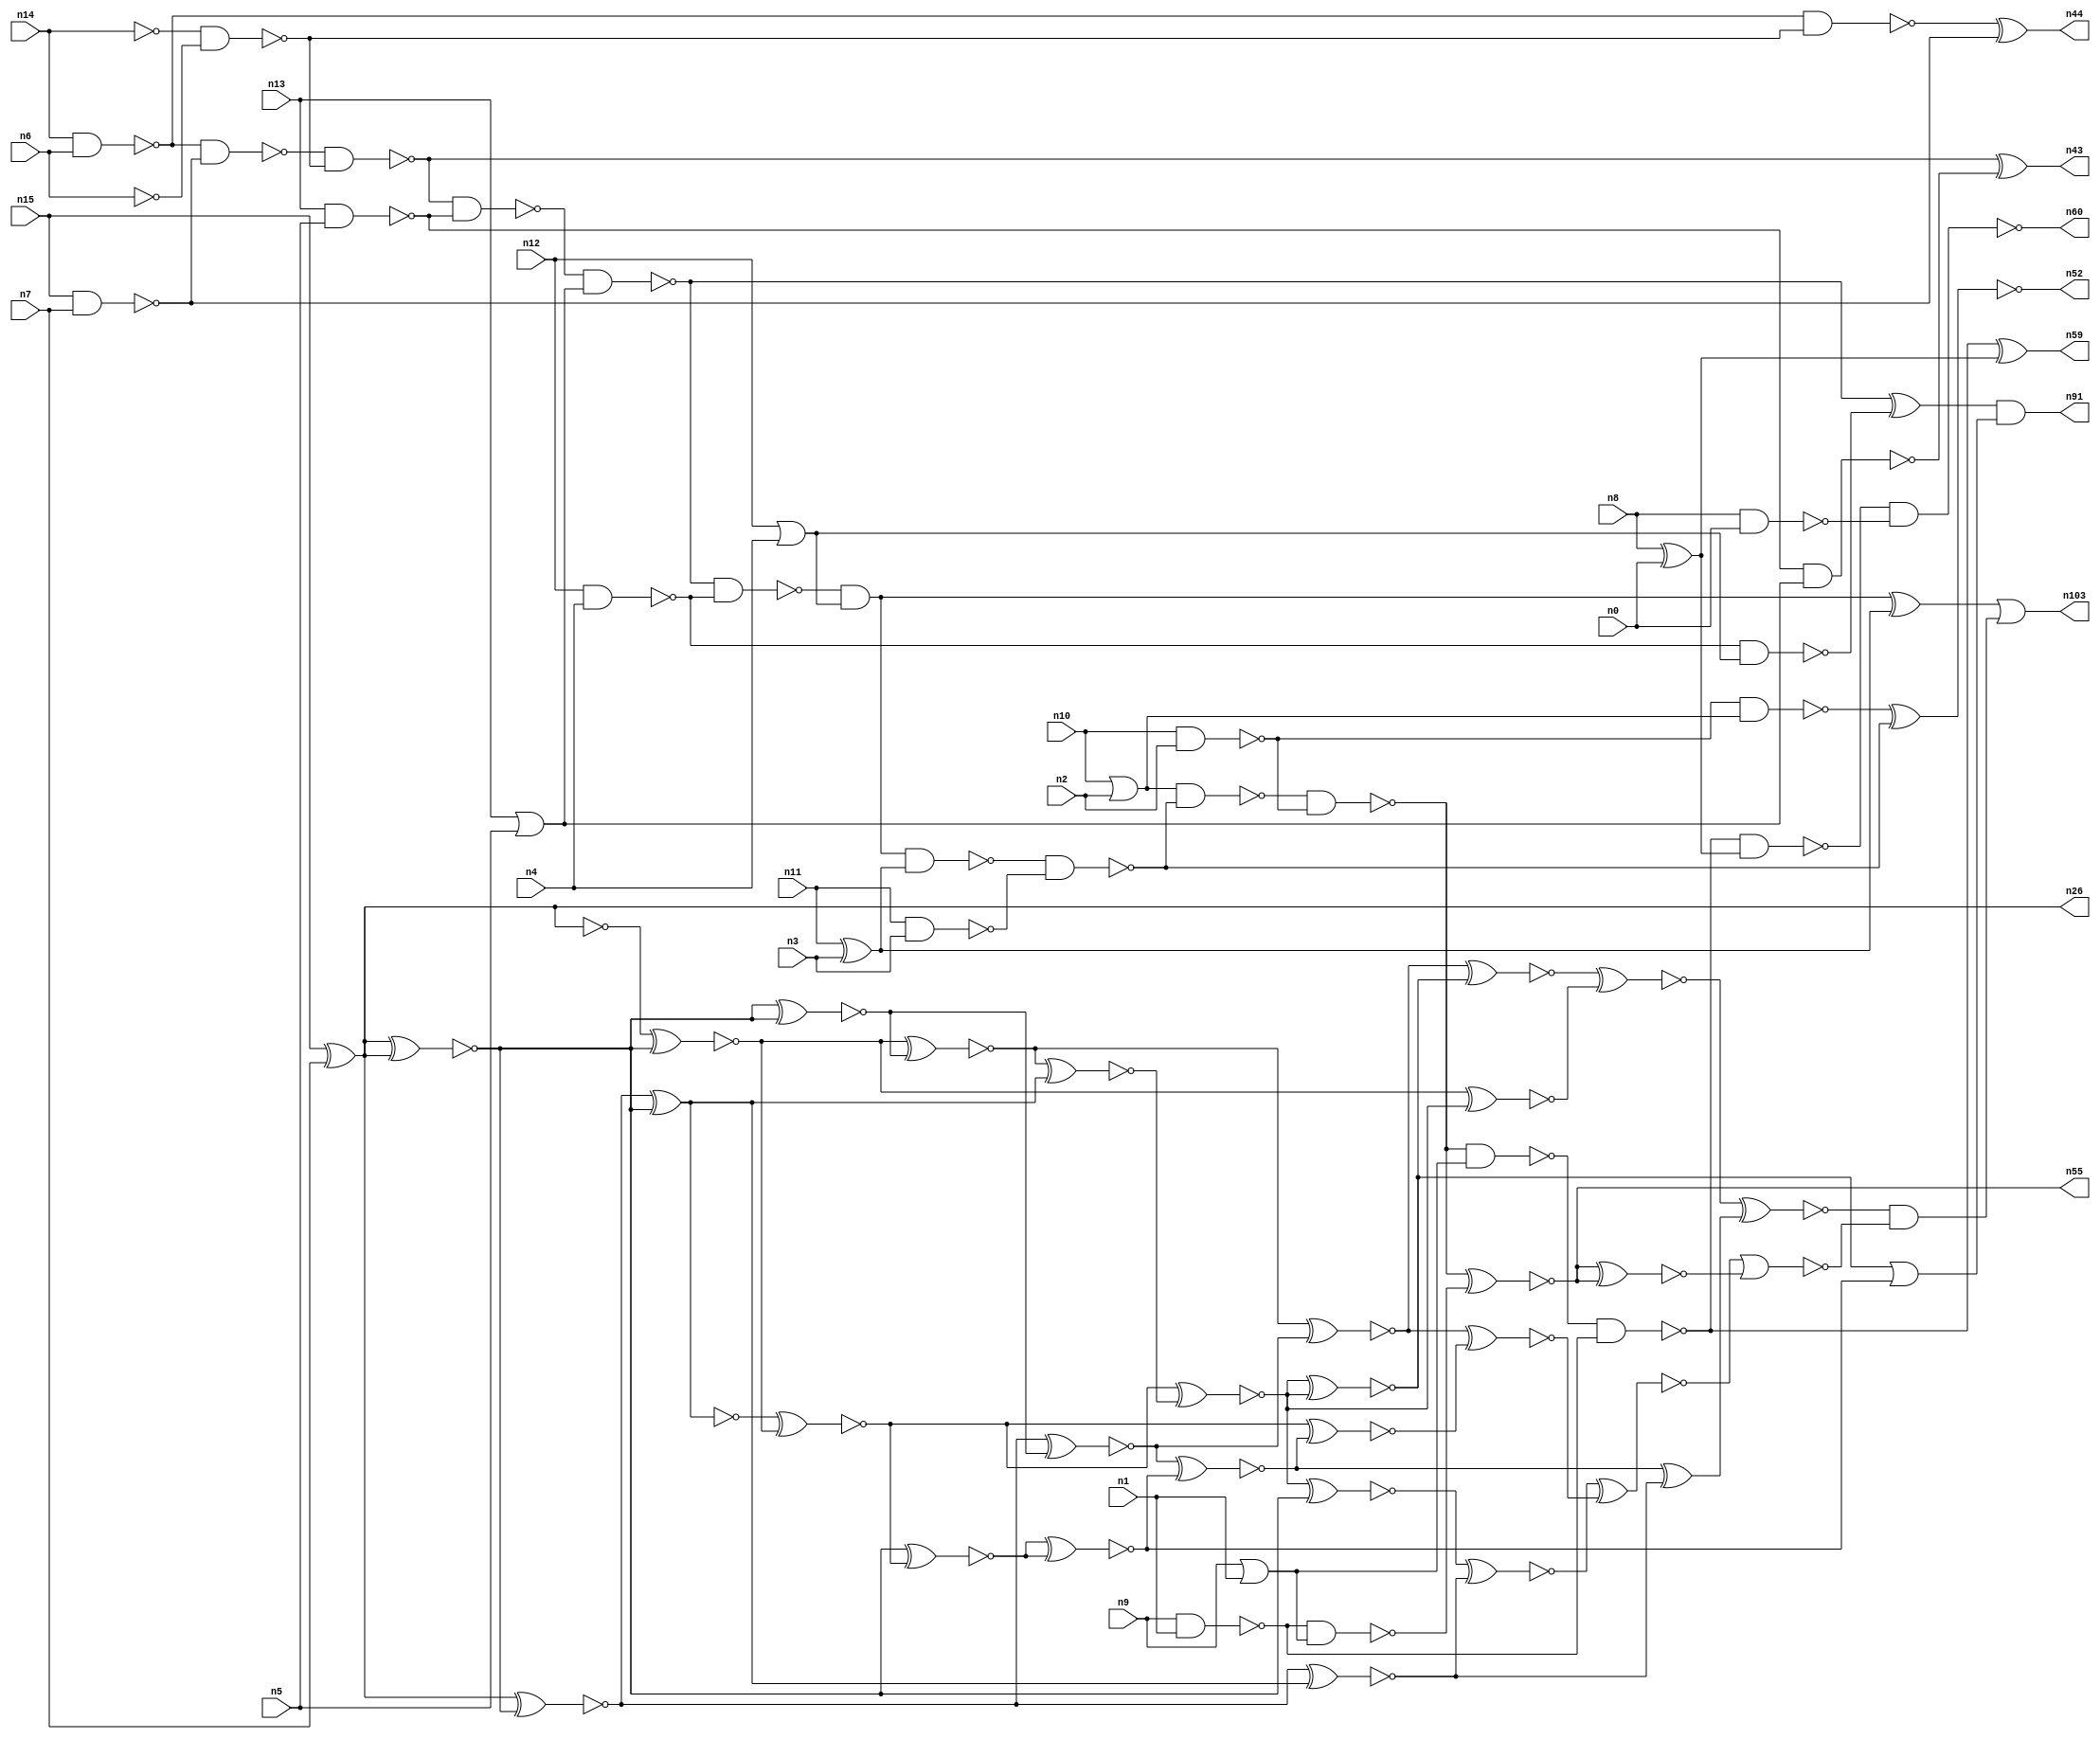
// This program was cloned from: https://github.com/umar-afzaal/ReCkt
// License: MIT License

// This file contains a pareto-optimal circuit with respect to power and the fault-resilince parameter p_fault which is defined as:
// "For all input vectors, the ratio of the no. of faults observable at the POs to the no. of total possible faults in the circuit".
// This code is part of the ReCkt library (https://github.com/umar-afzaal/ReCkt) distributed under The MIT License.
// When used, please cite the following article(s):
// U. Afzaal, A.S. Hassan, M. Usman and J.A. Lee, "On the Evolutionary Synthesis of Increased Fault-resilience Arithmetic Circuits".

// p_fault = 49.5 %    (Lower is better)
// gates = 87.0
// levels = 16
// area = 121.08    (For MCNC library relative to nand2)
// power = 709.7 uW    (Berkely-SIS for MCNC library @ Vdd=5V and 20 MHz clock)
// delay = 28.6 ns    (Berkely-ABC for MCNC library)
// PDP = 2.02974e-11 J

// Pin mapping:
// {n0, n1, n2, n3, n4, n5, n6, n7} = A[7:0]
// {n8, n9, n10, n11, n12, n13, n14, n15} = B[7:0]
// {n60, n59, n55, n52, n103, n91, n43, n44, n26} = O[8:0]

module addr8u_power_55 (
n0, n1, n2, n3, n4, n5, n6, n7, n8, n9, n10, n11, n12, n13, n14, n15, 
n60, n59, n55, n52, n103, n91, n43, n44, n26
);

input n0, n1, n2, n3, n4, n5, n6, n7, n8, n9, n10, n11, n12, n13, n14, n15;
output n60, n59, n55, n52, n103, n91, n43, n44, n26;
wire n96, n30, n69, n102, n68, n61, n79, n95, n46, n18, n93, n45, n90, n56, n37, n80, n101, n53, n62, n40, 
n94, n25, n85, n67, n81, n22, n38, n97, n57, n39, n70, n19, n34, n76, n50, n29, n72, n35, n24, n63, 
n75, n49, n89, n74, n17, n65, n42, n87, n51, n82, n92, n78, n36, n47, n98, n20, n23, n83, n16, n66, 
n48, n21, n41, n54, n27, n33, n28, n58, n86, n88, n71, n73, n31, n84, n32, n77, n64, n99;

nand (n16, n13, n5);
not (n17, n14);
or (n18, n12, n4);
nand (n19, n10, n2);
nand (n20, n15, n7);
or (n21, n10, n2);
not (n22, n6);
xor (n23, n8, n0);
or (n24, n13, n5);
nand (n25, n14, n6);
xor (n26, n15, n7);
nand (n27, n12, n4);
xor (n28, n11, n3);
nor (n29, n9, n1);
nand (n30, n8, n0);
nand (n31, n9, n1);
nand (n32, n11, n3);
nand (n33, n27, n18);
not (n34, n29);
nand (n35, n16, n24);
nand (n36, n25, n20);
nand (n37, n17, n22);
nand (n38, n19, n21);
nand (n39, n36, n37);
nand (n40, n25, n37);
nand (n41, n31, n34);
nand (n42, n39, n16);
xor (n43, n39, n35);
xor (n44, n40, n20);
nand (n45, n42, n24);
nand (n46, n45, n27);
xor (n47, n45, n33);
and (n48, n46, n18);
nand (n49, n48, n28);
xor (n50, n48, n28);
nand (n51, n49, n32);
xnor (n52, n38, n51);
nand (n53, n21, n51);
nand (n54, n53, n19);
xnor (n55, n54, n41);
nand (n56, n54, n34);
nand (n57, n56, n31);
nand (n58, n57, n23);
xor (n59, n57, n23);
nand (n60, n58, n30);
xnor (n61, n26, n26);
xnor (n62, n26, n26);
xnor (n63, n26, n26);
not (n64, n26);
xnor (n65, n26, n26);
xnor (n66, n64, n61);
xnor (n67, n26, n61);
xnor (n68, n26, n63);
xnor (n69, n63, n61);
xnor (n70, n64, n62);
xnor (n71, n66, n69);
xnor (n72, n68, n65);
xnor (n73, n68, n61);
xnor (n74, n72, n70);
xnor (n75, n67, n69);
nand (n76, n72, n73);
xnor (n77, n67, n76);
xnor (n78, n62, n74);
xnor (n79, n71, n76);
xnor (n80, n70, n73);
xnor (n81, n74, n79);
xnor (n82, n78, n78);
xnor (n83, n80, n79);
xnor (n84, n81, n81);
xnor (n85, n75, n82);
xnor (n86, n71, n75);
xnor (n87, n83, n65);
xnor (n88, n87, n77);
or (n89, n84, n82);
xor (n90, n85, n77);
and (n91, n47, n89);
xnor (n92, n80, n85);
xnor (n93, n66, n83);
xnor (n94, n86, n84);
xnor (n95, n86, n92);
xnor (n96, n88, n95);
xnor (n97, n94, n93);
xnor (n98, n97, n90);
xnor (n99, n55, n55);
nor (n101, n96, n99);
and (n102, n98, n101);
or (n103, n50, n102);

endmodule